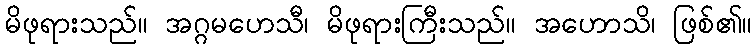
မိဖုရားသည်။ အဂ္ဂမဟေသီ၊ မိဖုရားကြီးသည်။ အဟောသိ၊ ဖြစ်၏။